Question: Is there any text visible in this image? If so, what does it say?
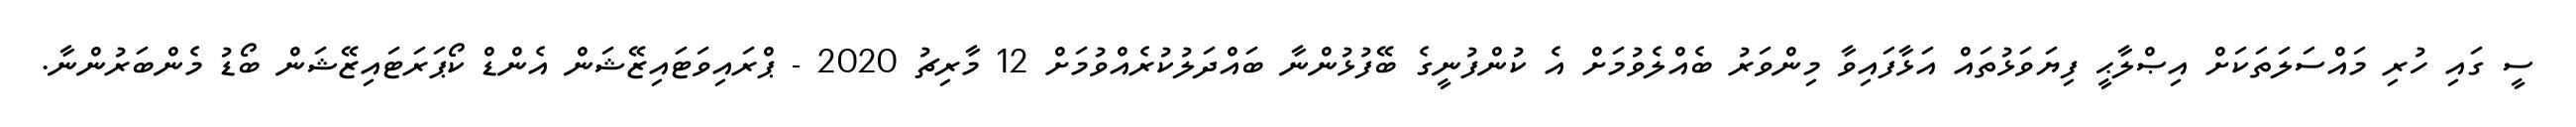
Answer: ސީ ގައި ހުރި މައްސަލަތަކަށް އިޞްލާޙީ ފިޔަވަޅުތައް އަޅާފައިވާ މިންވަރު ބެއްލެވުމަށް އެ ކުންފުނީގެ ބޭފުޅުންނާ ބައްދަލުކުރެއްވުމަށް 12 މާރިޗު 2020 - ޕްރައިވަޓައިޒޭޝަން އެންޑް ކޯޕަރަޓައިޒޭޝަން ބޯޑު މެންބަރުންނާ.